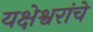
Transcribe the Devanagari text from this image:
यक्षेश्वरांचे